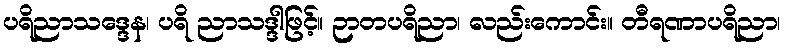
ပရိညာသဒ္ဒေန၊ ပရိ ညာသဒ္ဒါဖြင့်။ ဉာတပရိညာ၊ လည်းကောင်း။ တီရဏာပရိညာ၊